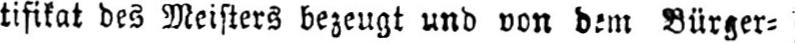
tifikat des Meisters bezeugt und von dem Bürger⸗